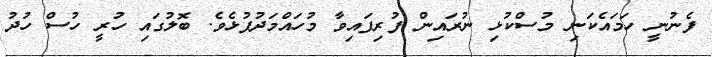
ފެނުނީ ހަމައެކަނި މުސްކުޅި ނުރައިން ފުރިފައިވާ މުހައްމަދުފުޅެވެ. ބޮލުގައި ހުރީ ހުސް ހުދު